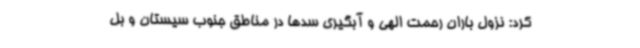
کرد: نزول باران رحمت الهی و آبگیری سدها در مناطق جنوب سیستان و بل